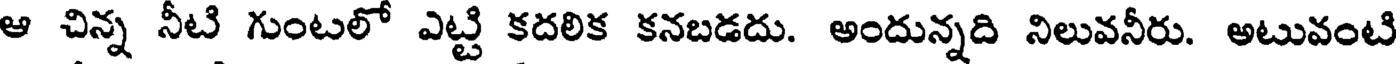
ఆ చిన్న నీటి గుంటలో ఎట్టి కదలిక కనబడదు. అందున్నది నిలువనీరు. అటువంటి